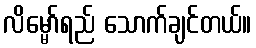
လိမ္မော်ရည် သောက်ချင်တယ်။